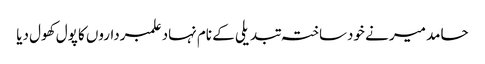
حامد میر نے خودساختہ تبدیلی کے نام نہاد علمبرداروں کا پول کھول دیا